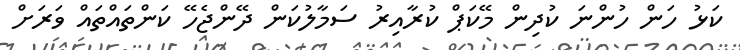
ކަޅު ހަން ހުންނަ ކުދިން މޭކަޕް ކުރާއިރު ސަމާލުކަން ދޭންޖެހޭ ކަންތައްތައް ވަރަށް